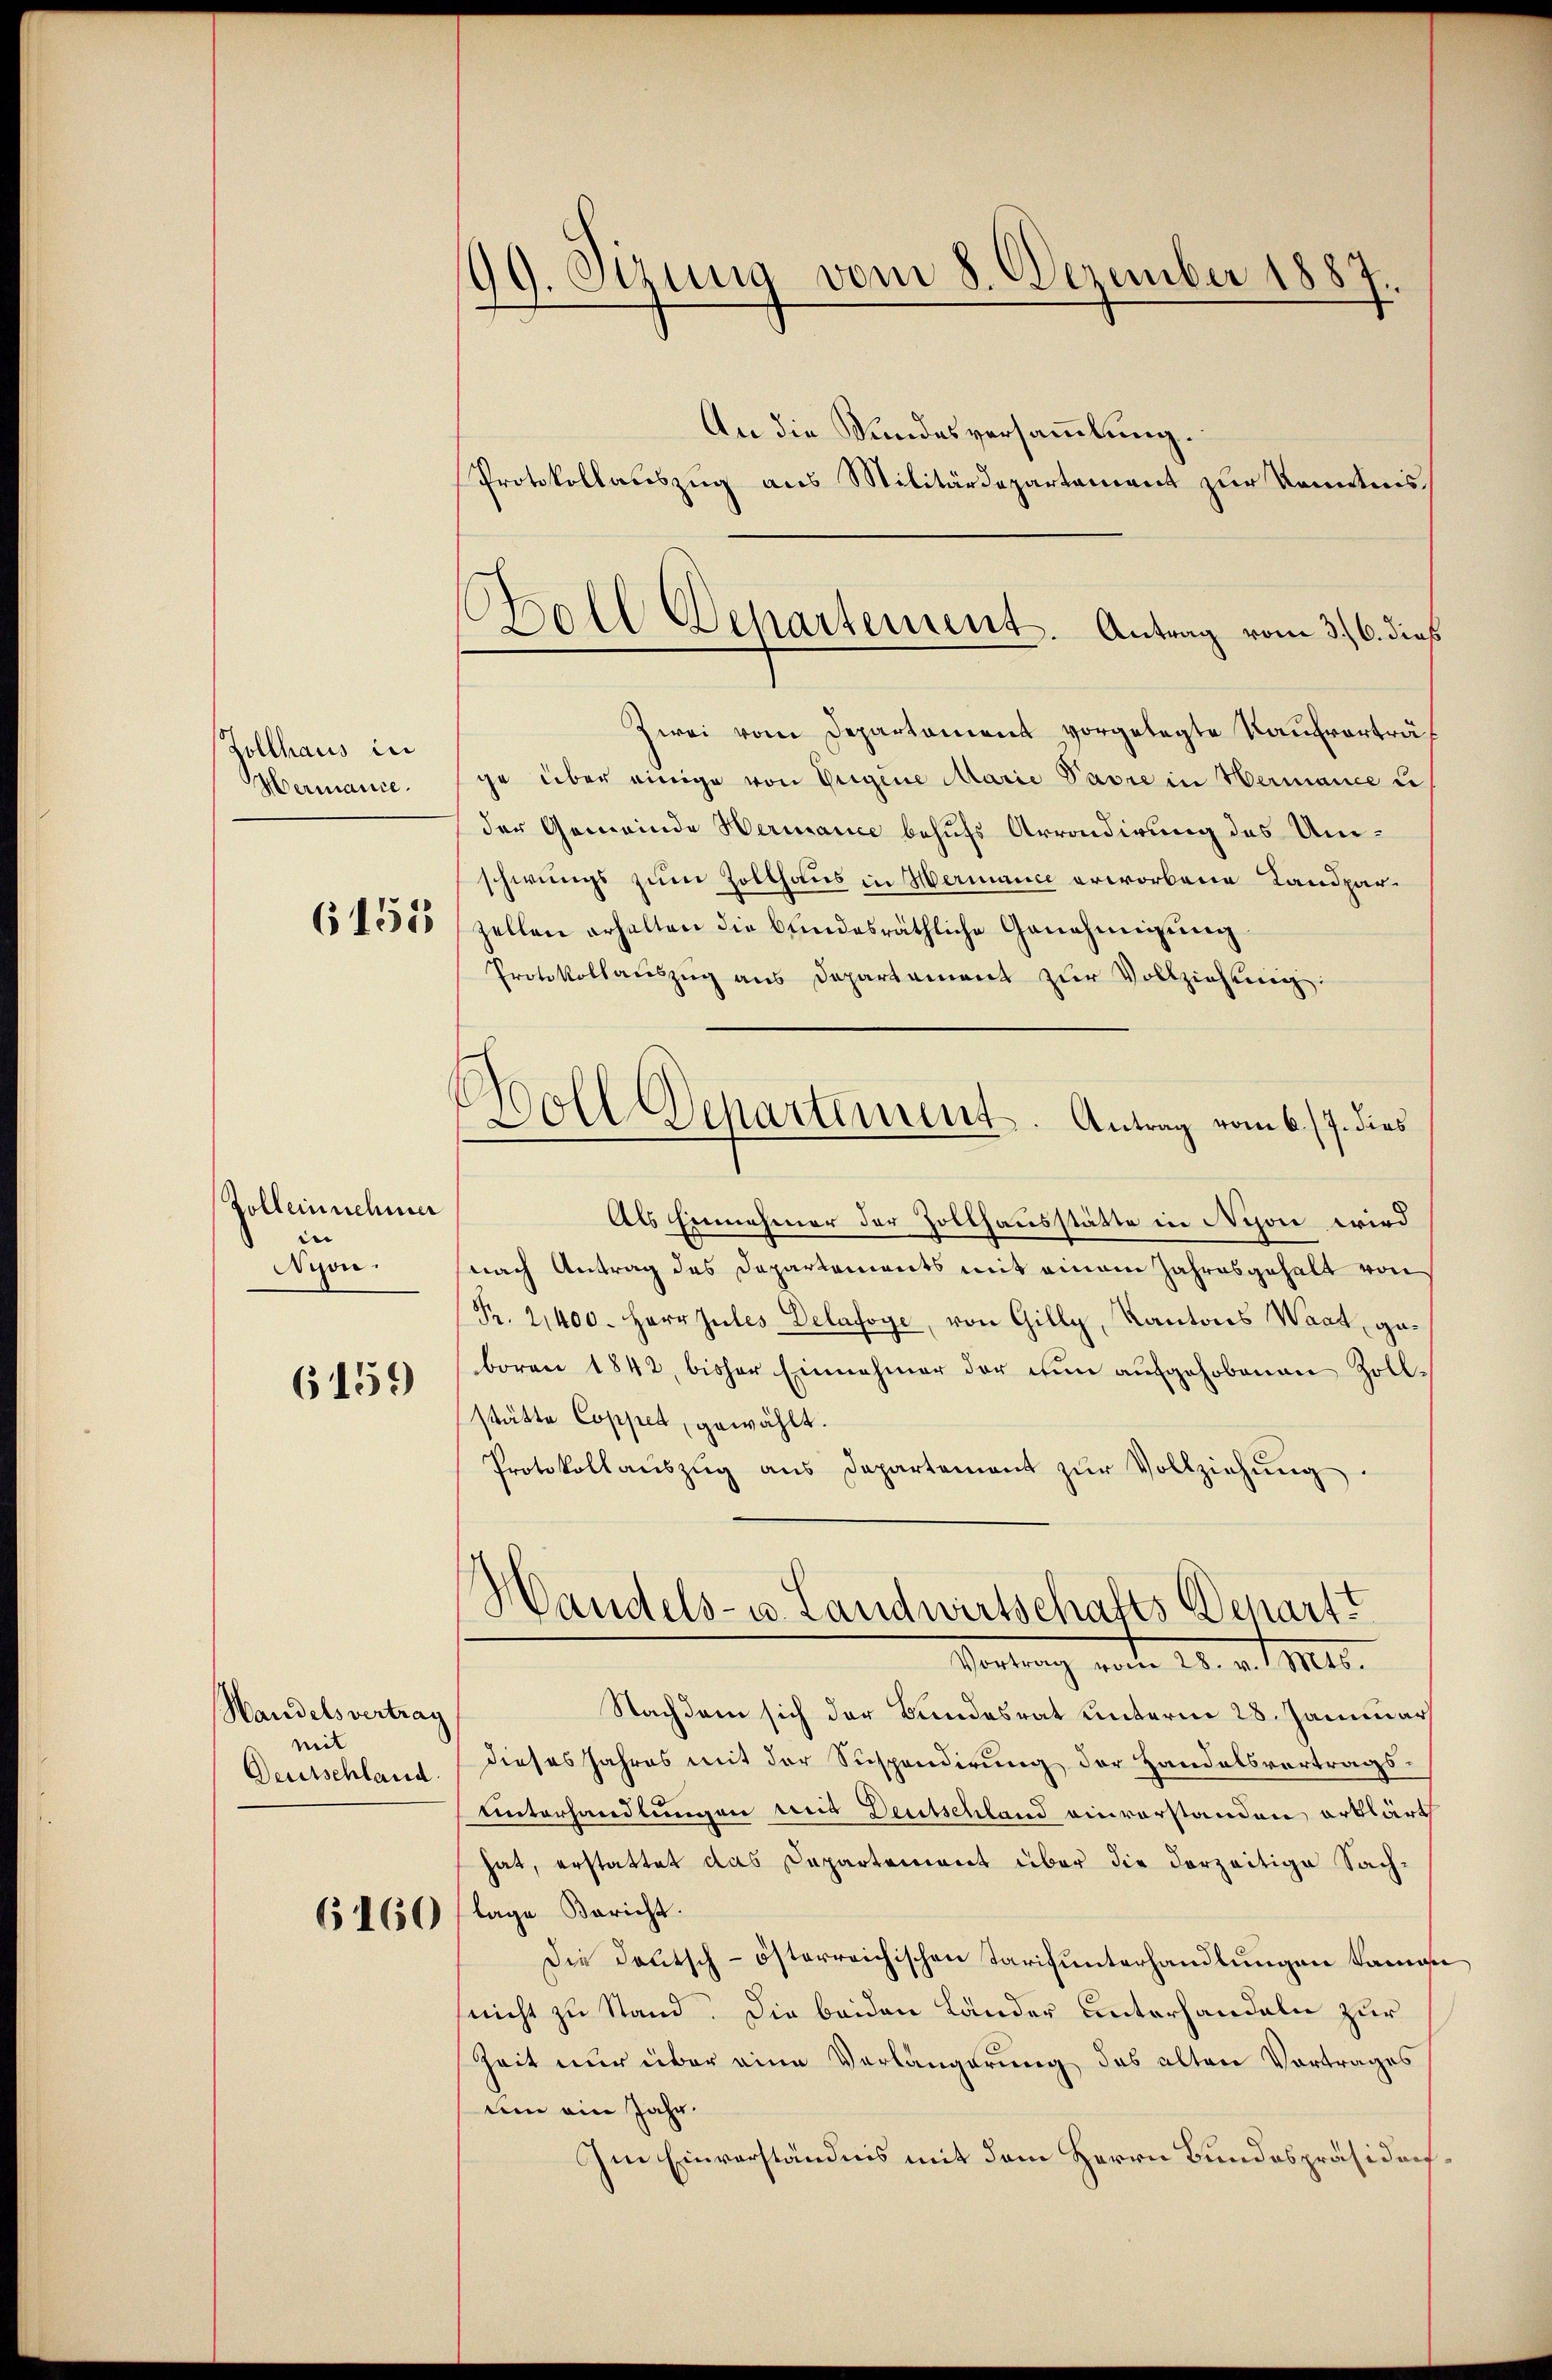
Zollhaus in
Hermance.

6155

Zolleinnehmer
i
Nyon.

6159

Handelsvertrag
mit
Deutschland.

6160

199. Sizung vom 8. Dezember 1887.
An die Sundesversammlung.
Protokollauszug aus Militärdepartement zur Kenntnis

Zwei vom Departament vorgelegte Kaufverträf
ge über einige von Origine Marie Pavre in Hermance u
der Gemeinde Hermance behufs Arrondirung des Umschwungs zum Zolthaus in Hermance erworbene Landparzellen erhalten die bundesräthliche Genehmigung
Protokollaŭszŭg ans Departement zŭr Vollziehung.
Als Einnehmer der Zollhausstätte in Nyon wird
nach Antrag des Departements mit einem Jahresgehalt von
Pr. 21400. Herr Jules Delafoye, von Gilly, Kantons Waat, geboren 1842 bisher Einnahmer der fin aufgehobenen Zoll-
stätte Coppel, gewählt.
Protokollaŭszŭg ans Departement zŭr Vollziehŭng.
Handels- u. Landwirtschafts Departt
Portung vorte 28. v. Mts.
Nachdem sich der Bundesrat unterm 28. Januar
dieses Jahres mit der Suspendirung der Handelsvortragsunterhandlungen mit Deutschland einvorstanden erklärt
hat, erstattet das Departement über die dorzeitige Sachlage Bericht.
Die Deutsch-österreichischen Tarifunterhandlungen kame
(nicht zu Stand. Die beiden Länder Unterhandeln zur
Zeit nur über eine Verlängerung des alten Vortrages
um ein Jahr.
Im Einverständnis mit dem Herrn Bundespräsidorf,

Bsoll Departement. Antrag vom 3. 6. dieß

i
Doll Departement. Antrag vom 6./7. dies